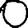
Digit: 0